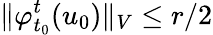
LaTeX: \Vert\varphi_{t_{0}}^{t}(u_{0})\Vert_{V}\leq r/2